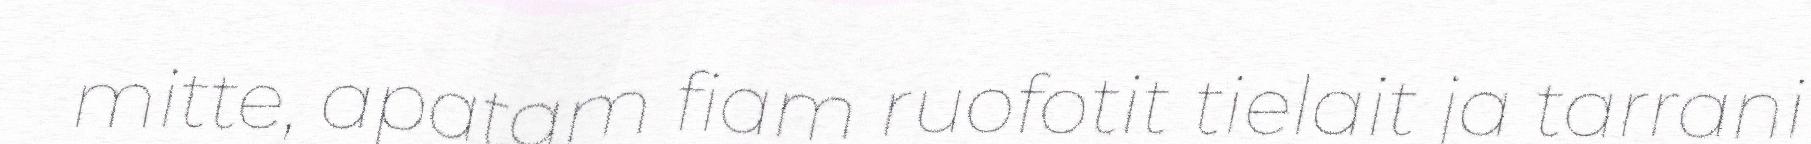
mitte, apatam fiam ruofotit tielait ja tarrani